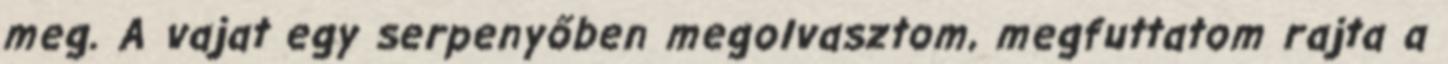
meg. A vajat egy serpenyőben megolvasztom, megfuttatom rajta a